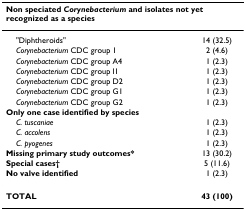
| <COLSPAN=2> Non speciated Corynebacterium and isolates not yet recognized as a species |
 | --- | --- |
 | "Diphtheroids" | 14 (32.5) |
 | Corynebacterium CDC group 1 | 2 (4.6) |
 | Corynebacterium CDC group A4 | 1 (2.3) |
 | Corynebacterium CDC group I1 | 1 (2.3) |
 | Corynebacterium CDC group D2 | 1 (2.3) |
 | Corynebacterium CDC group G1 | 1 (2.3) |
 | Corynebacterium CDC group G2 | 1 (2.3) |
 | Only one case identified by species |  |
 | C. tuscaniae | 1 (2.3) |
 | C. accolens | 1 (2.3) |
 | C. pyogenes | 1 (2.3) |
 | Missing primary study outcomes* | 13 (30.2) |
 | Special cases† | 5 (11.6) |
 | No valve identified | 1 (2.3) |
 | TOTAL | 43 (100) |